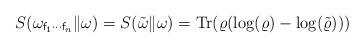
LaTeX: \begin{align*} S(\omega_{{\sf f}_1\cdots {\sf f}_n}\|\omega) = S(\tilde{\omega}\|\omega) = {\rm Tr}(\varrho(\log(\varrho) - \log(\tilde{\varrho})))\end{align*}